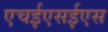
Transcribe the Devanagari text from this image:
एचईएसईएस